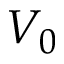
V _ { 0 }